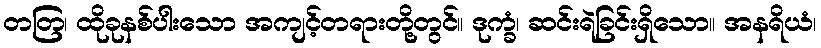
တတြ၊ ထိုခုနစ်ပါးသော အကျင့်တရားတို့တွင်။ ဒုက္ခံ၊ ဆင်းရဲခြင်းရှိသော။ အနရိယံ၊